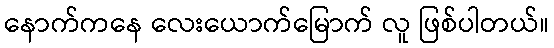
နောက်ကနေ လေးယောက်မြောက် လူ ဖြစ်ပါတယ်။